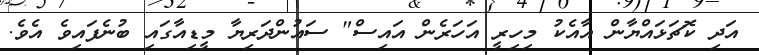
އަދި ކޮޗަޅައްޔާން އާއެކު މިހިރީ އަހަރެން އައިސް" ސައުންދަރިޔާ މީޑިއާގައި ބުނެފައިވެ އެވެ.